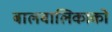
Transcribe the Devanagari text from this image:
बालबालिकाको